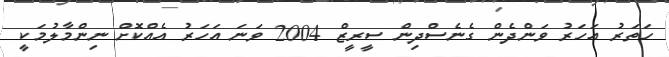
ހަތަރު އަހަރު ވަންދެން ގެނެސްދިން ސީރީޒް 2004 ވަނަ އަހަރު އެއްކޮށް ނިންމާލުމަކީ